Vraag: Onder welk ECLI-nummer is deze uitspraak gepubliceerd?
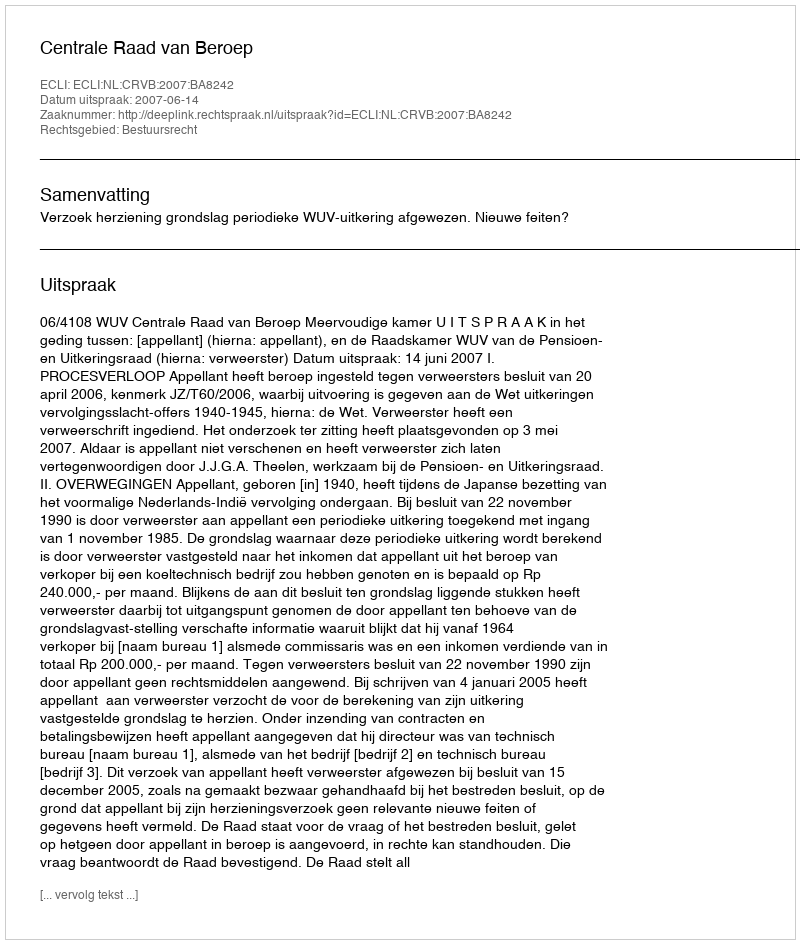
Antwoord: ECLI:NL:CRVB:2007:BA8242